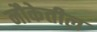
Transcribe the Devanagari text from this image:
नौकेतील